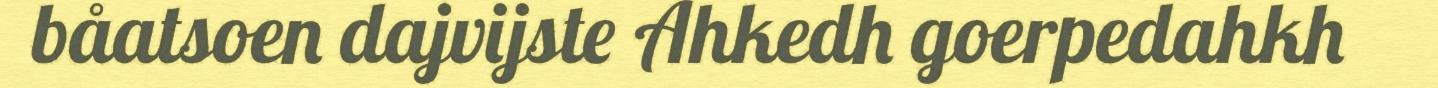
båatsoen dajvijste Ahkedh goerpedahkh